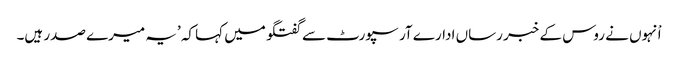
اْنہوں نے روس کے خبر رساں ادارے آر سپورٹ سے گفتگو میں کہا کہ ’یہ میرے صدر ہیں۔